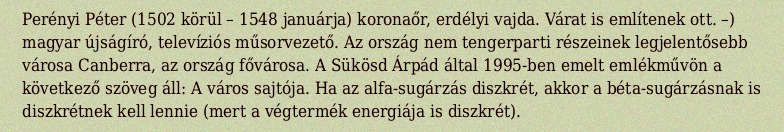
Perényi Péter (1502 körül – 1548 januárja) koronaőr, erdélyi vajda. Várat is említenek ott. –) magyar újságíró, televíziós műsorvezető. Az ország nem tengerparti részeinek legjelentősebb városa Canberra, az ország fővárosa. A Sükösd Árpád által 1995-ben emelt emlékművön a következő szöveg áll: A város sajtója. Ha az alfa-sugárzás diszkrét, akkor a béta-sugárzásnak is diszkrétnek kell lennie (mert a végtermék energiája is diszkrét).